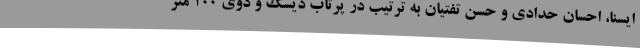
ایسنا، احسان حدادی و حسن تفتیان به ترتیب در پرتاب دیسک و دوی 100 متر